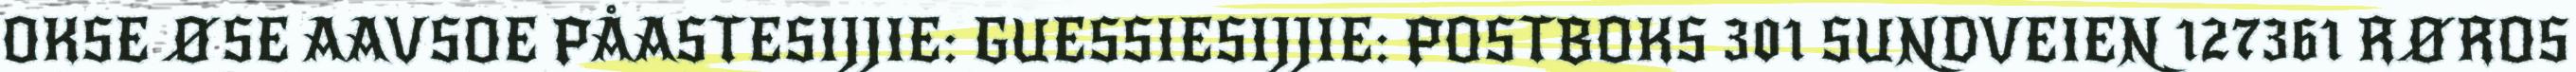
OKSE ØSE AAVSOE PÅASTESIJJIE: GUESSIESIJJIE: POSTBOKS 301 SUNDVEIEN 127361 RØROS